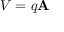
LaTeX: V = q \mathbf { A }